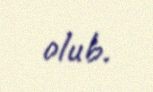
olub.